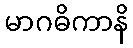
မာဂဓိကာနိ